Civil Veterinary Department Bihar reports 1940-50 - 1940-1950
Year: 1940
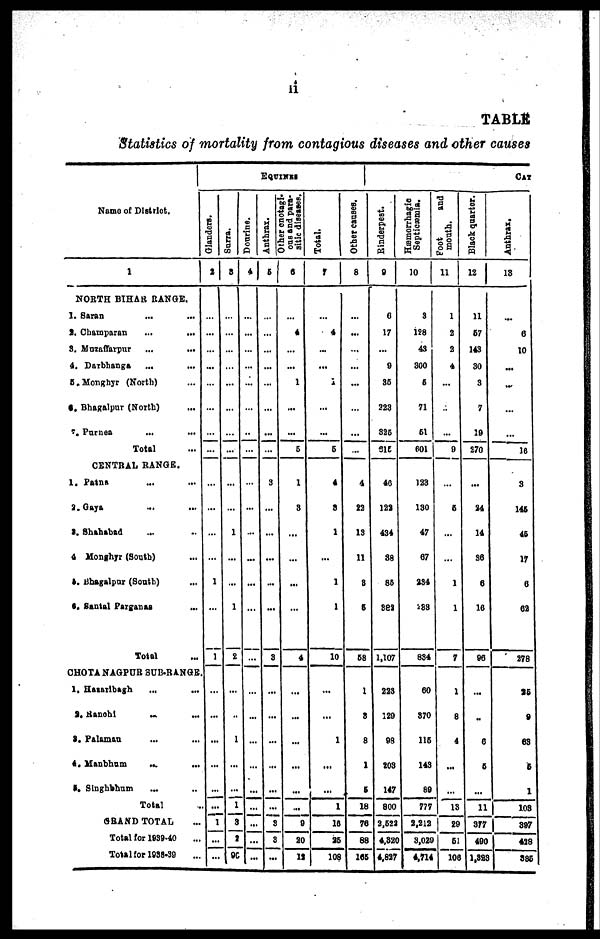
ii
TABLE
Statistics of mortality from contagious diseases and other causes
Name of District.
1
NORTH BIHAR RANGE.
1. Saran ... ...
2. Champaran ... ...
3. Muzaffarpur
...
...
4. Darbhanga ... ...
5.Monghjr (North) ...
6. Bhagalpur (North) ...
7. Purnea ... ...
Total …
CENTRAL RANGE.
1. Patna ... ...
2. Gaya ... ...
3. Shahabad ... ...
4 Monghyr (South) ...
5. Bhagalpor (South) ...
6. Santal Parganas ...
Total …
CHOTA NAGPUR SUB-RANGE.
1. Hazaribagh ... ...
2. Ranchi ... ...
3. Palaman ... ...
4. Manbhum
...
...
5. Singhbhum ... ...
Total …
GRAND TOTAL ...
Total for 1939-40 ...
Total for 1938-39 ...
EQUINES
Glanders.
2
…
...
...
…
…
…
…
…
…
…
…
...
1
…
1
…
...
...
...
...
...
1
…
...
Surra.
3
…
…
…
…
…
…
…
…
…
…
1
...
...
1
2
…
..
1
...
...
1
8
2
96
Dourine.
4
…
…
…
…
...
…
…
…
…
…
...
...
...
...
…
…
…
...
...
...
...
...
...
...
Anthrax.
5
…
…
...
...
…
…
…
…
3
…
...
...
...
...
3
...
...
…
...
...
...
3
3
...
ous and para-
sitic diseases.
6
…
4
...
...
1
...
…
6
1
3
...
...
...
…
4
...
...
...
...
...
...
9
20
12
Total.
7
…
4
...
...
1
...
…
5
4
8
1
...
1
1
10
...
...
1
...
...
1
16
25
108
Other causes.
8
...
...
...
...
...
…
...
…
4
22
13
11
8
6
68
1
8
8
1
5
18
76
88
165
CAT
Rinderpest.
9
6
17
...
9
86
223
325
515
40
122
434
88
86
382
1,107
223
129
98
203
147
800
2,521
4,320
4,827
Hæmorrhagie
Septicæmia.
10
3
198
43
300
6
71
61
601
123
130
47
67
234
283
834
60
370
116
143
89
777
2,212
3,020
4,714
Foot
and
month.
11
1
2
2
4
...
…
…
9
…
6
…
…
1
1
7
1
8
4
...
…
13
29
61
106
Black quarter.
12
11
67
143
30
3
7
19
270
...
24
14
36
6
16
96
...
..
6
6
...
11
377
490
1,328
Anthrax.
13
...
6
10
...
...
...
…
16
3
146
46
17
6
62
278
36
9
68
6
1
108
897
428
886